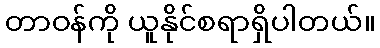
တာဝန်ကို ယူနိုင်စရာရှိပါတယ်။